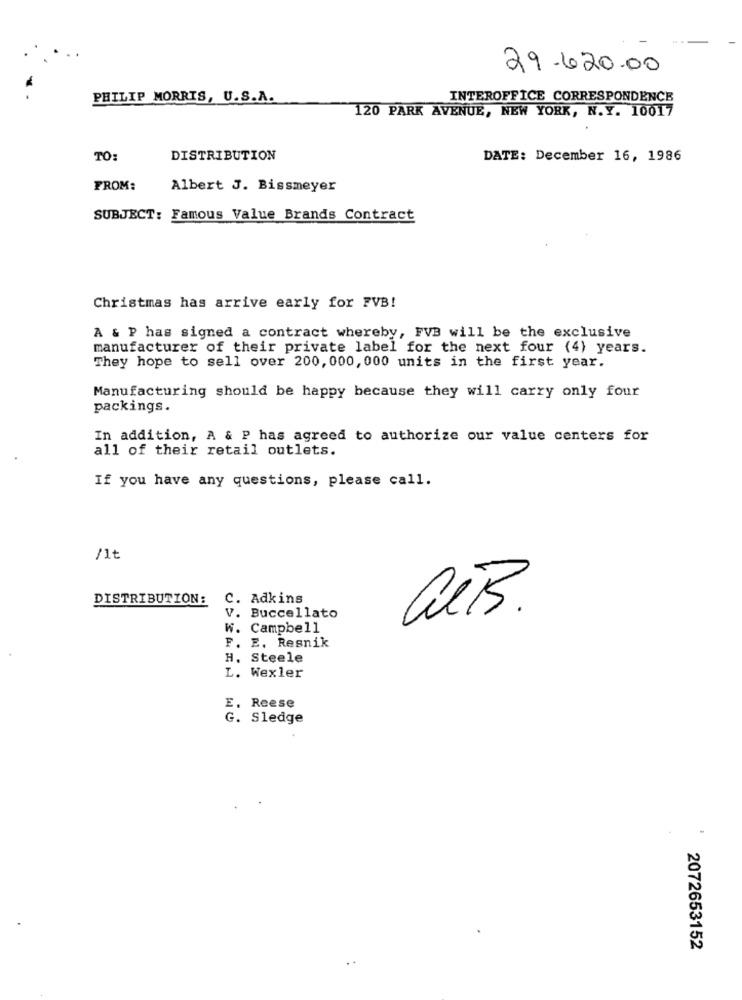
29.620.00
PHILIP MORRIS, U.S.A.
INTEROFFICE CORRESPONDENCE
120 PARK AVENUE, NEW YORK, N.Y. 10017
TO:
DISTRIBUTION
DATE: December 16, 1986
FROM:
Albert J. Bissmeyer
SUBJECT: Famous Value Brands Contract
Christmas has arrive early for FVB!
A & P has signed a contract whereby, FVB will be the exclusive
manufacturer of their private label for the next four (4) years.
They hope to sell over 200, 000, 000 units in the first year.
Manufacturing should be happy because they will carry only four
packings.
In addition, A & P has agreed to authorize our value centers for
all of their retail outlets.
If you have any questions, please call.
/1t
DISTRIBUTION:
C. Adkins
V. Buccellato
W. Campbell
F. E. Resnik
H. Steele
L. Wexler
E. Reese
G. Sledge
2072653152